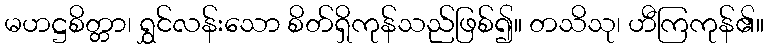
မဟဋ္ဌစိတ္တာ၊ ရွှင်လန်းသော စိတ်ရှိကုန်သည်ဖြစ်၍။ တသိသု၊ ဟီကြကုန်၏။